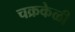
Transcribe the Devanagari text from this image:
चक्रकेळी